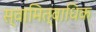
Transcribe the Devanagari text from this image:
स्वामित्वाधिक